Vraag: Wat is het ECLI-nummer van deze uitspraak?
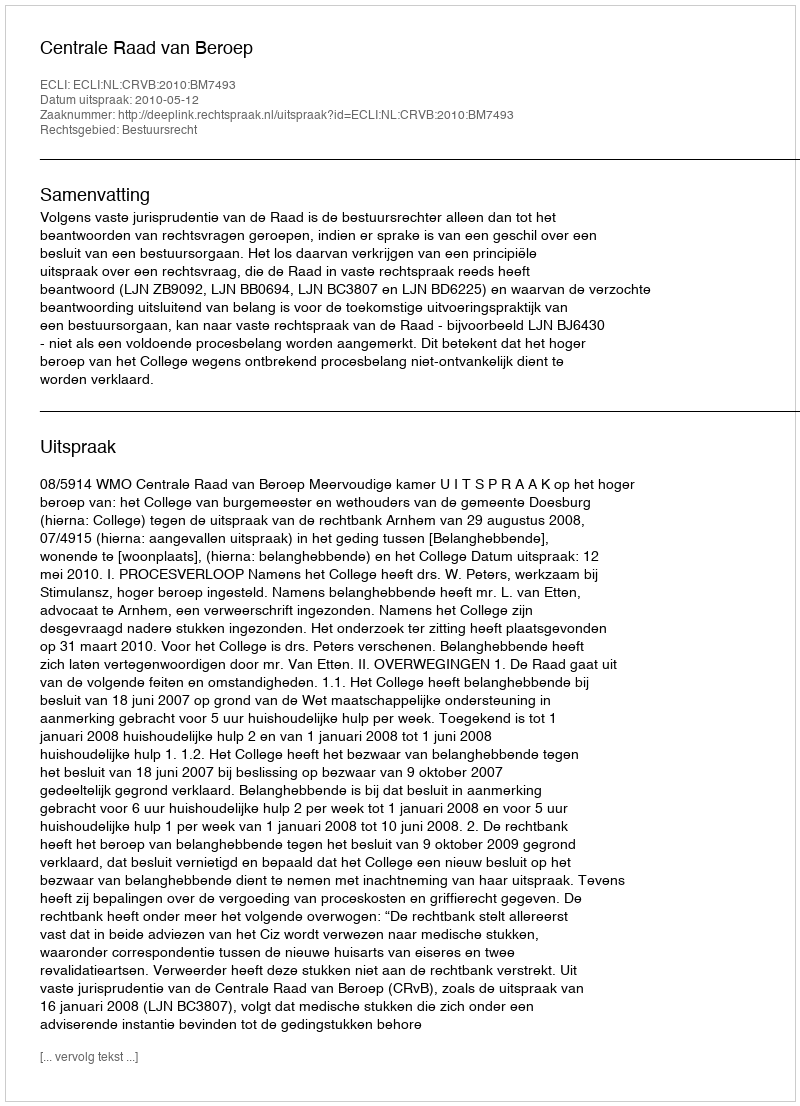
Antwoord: ECLI:NL:CRVB:2010:BM7493